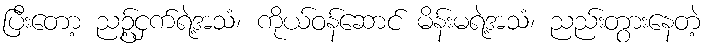
ပြီးတော့ ညဥ့်ငှက်ရဲ့အသံ၊ ကိုယ်ဝန်ဆောင် မိန်းမရဲ့အသံ၊ ညည်းတွားနေတဲ့